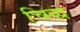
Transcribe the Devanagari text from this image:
चिद्ध